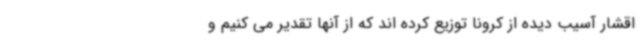
اقشار آسیب دیده از کرونا توزیع کرده اند که از آنها تقدیر می کنیم و